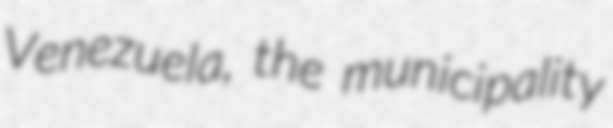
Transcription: Venezuela, the municipality